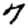
Digit: 7